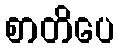
စာတိပေ